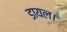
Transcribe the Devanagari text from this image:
डायल।